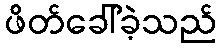
ဖိတ်ခေါ်ခဲ့သည်